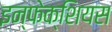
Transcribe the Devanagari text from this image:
इन्फेक्शियस